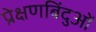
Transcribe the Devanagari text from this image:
प्रेक्षणबिंदुओं